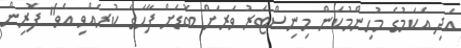
އަދި އެކަމުގެ މުހިންމުކަން މިނިސްޓަރު ވަރަށް ބޮޑަށް ފާހަގަ ކުރެއްވި އެވެ" ފޮރިން